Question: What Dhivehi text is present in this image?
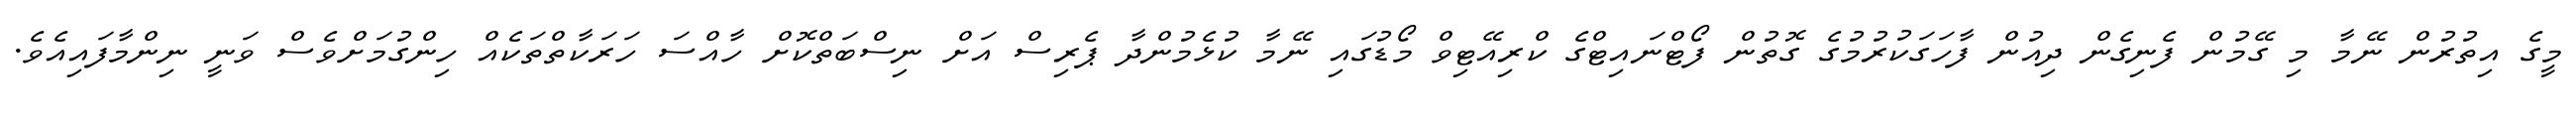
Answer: މީގެ އިތުރުން ނޭމާ މި ގޭމުން ފެނިގެން ދިއުން ފާހަގަކުރުމުގެ ގޮތުން ފޯޓްނައިޓްގެ ކްރިއޭޓިވް މޯޑުގައި ނޭމާ ކުޅެމުންދާ ޕެރިސް އަށް ނިސްބަތްކޮށް ހާއްސަ ހަރަކާތްތަކެއް ހިންގުމަށްވެސް ވަނީ ނިންމާފައިއެވެ.